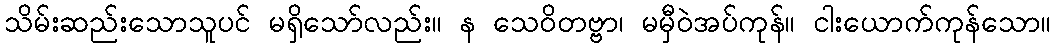
သိမ်းဆည်းသောသူပင် မရှိသော်လည်း။ န သေဝိတဗ္ဗာ၊ မမှီဝဲအပ်ကုန်။ ငါးယောက်ကုန်သော။